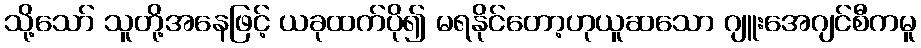
သို့သော် သူတို့အနေဖြင့် ယခုထက်ပို၍ မရနိုင်တော့ဟုယူဆသော ဂျူးအေဂျင်စီကမူ